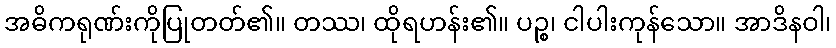
အဓိကရုဏ်းကိုပြုတတ်၏။ တဿ၊ ထိုရဟန်း၏။ ပဉ္စ၊ ငါပါးကုန်သော။ အာဒိနဝါ၊